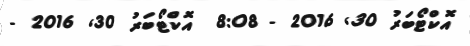
އޮކްޓޯބަރު 30